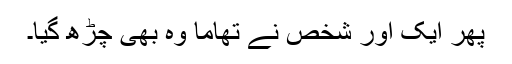
پھر ایک اور شخص نے تھاما وہ بھی چڑھ گیا۔